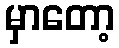
မှာတော့